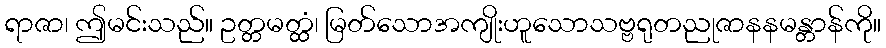
ရာဇာ၊ ဤမင်းသည်။ ဥတ္တမတ္ထံ၊ မြတ်သောအကျိုးဟူသောသဗ္ဗရုတညုဇာနနမန္တာန်ကို။